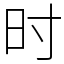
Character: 时